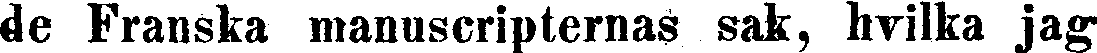
de Franska manuscripternas sak, hvilka jag